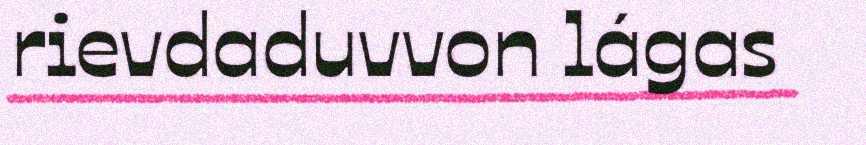
rievdaduvvon lágas